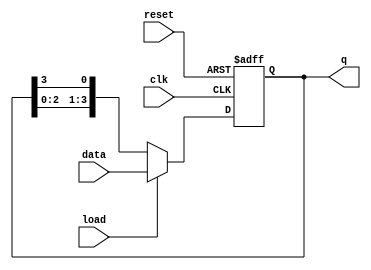
module LoadableRingCounter #(parameter N = 4) (
    input wire clk,
    input wire reset,
    input wire load,
    input wire [N-1:0] data,
    output reg [N-1:0] q
);

// On reset, initialize the counter
always @(posedge clk or posedge reset) begin
    if (reset) begin
        // Reset the counter; default state can be all '0's or '1' at LSB
        q <= 1'b1; // Initialize to 0001 for a 4-bit counter
    end else if (load) begin
        // Load new data into the counter
        q <= data;
    end else begin
        // Shift the '1' in a circular manner
        q <= {q[N-2:0], q[N-1]};
    end
end

endmodule